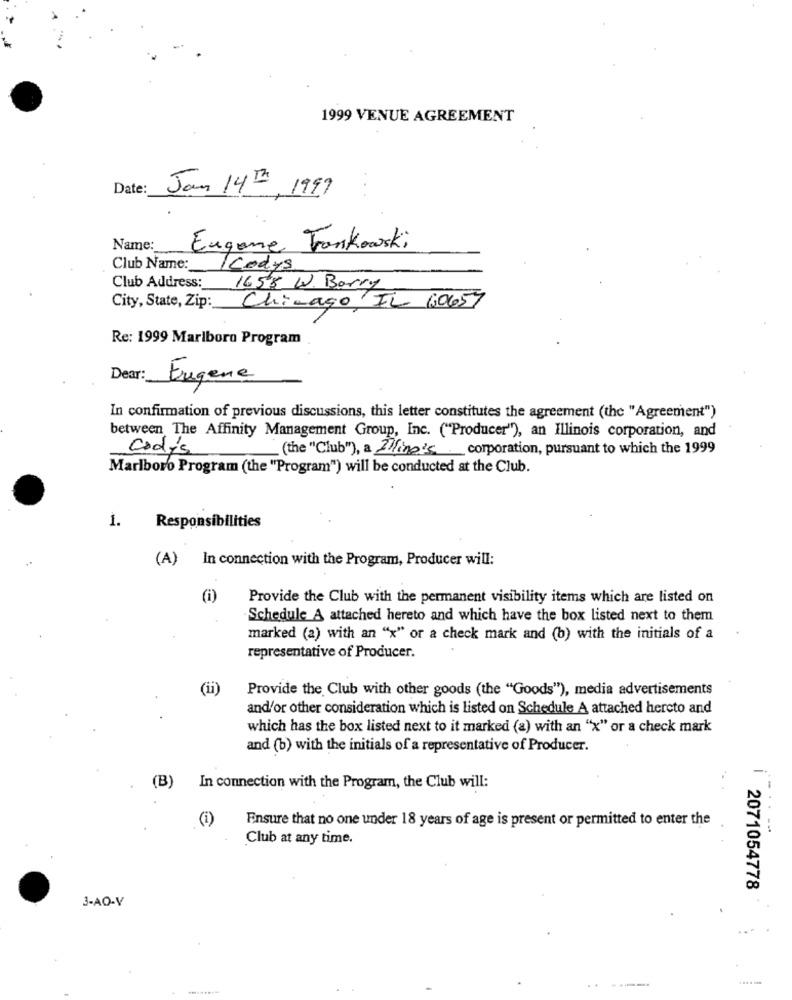
1999 VENUE AGREEMENT
Date:
Jan 14th 1999
Name:
Eugane Trankowski
Club Name: Kodys
Club Address: 1658 W. Barry
Chicago IL 60657
City, State, Zip :_
Re: 1999 Marlboro Program
Dear:
Ergene
In confirmation of previous discussions, this letter constitutes the agreement (the "Agreement")
between The Affinity Management Group, Inc. ("Producer"), an Illinois corporation, and
Codys
(the "Club"), a Iling's corporation, pursuant to which the 1999
Marlboro Program (the "Program") will be conducted at the Club.
1.
Responsibilities
(A)
In connection with the Program, Producer will:
(1)
Provide the Club with the permanent visibility items which are listed on
-Schedule A attached hereto and which have the box listed next to them
marked (a) with an "x" or a check mark and (b) with the initials of a
representative of Producer.
(ii)
Provide the Club with other goods (the "Goods"), media advertisements
and/or other consideration which is listed on Schedule A attached hereto and
which has the box listed next to it marked (a) with an "x" or a check mark
and (b) with the initials of a representative of Producer.
(B)
In connection with the Program, the Club will:
20
(1)
Ensure that no one under 18 years of age is present or permitted to enter the
Club at any time.
| 2071054778
3-AO-V